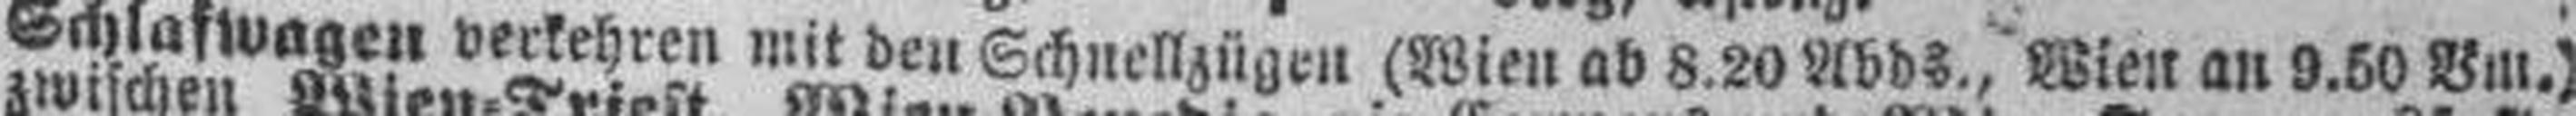
Schlafwagen verkehren mit den Schnellzügen (Wien ab 8.20 Abds., Wien an 9.50 «,».)